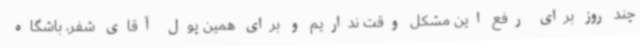
چند روز برای رفع این مشکل وقت نداریم و برای همین پول آقای شفر، باشگاه